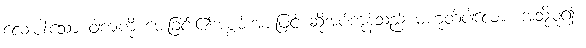
လေးပါးသော ဝါကျကို မေးခြင်း၏အစွမ်းအားဖြင့် ဆိုအပ်ကုန်သည် မဟုတ်ပါလော။ အသို့မူ၍